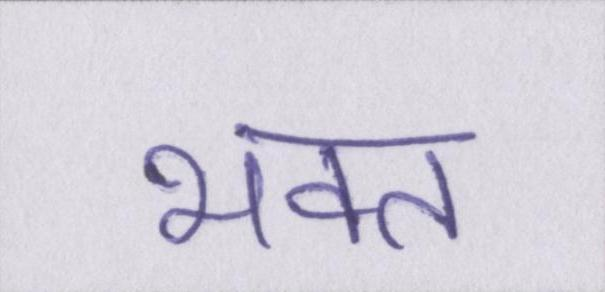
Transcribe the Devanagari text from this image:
भक्त